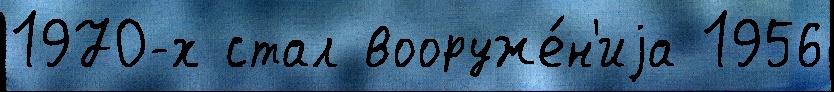
1970-х стал вооруже́н'иjа 1956